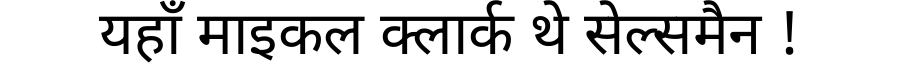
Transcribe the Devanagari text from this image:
यहाँ माइकल क्लार्क थे सेल्समैन !